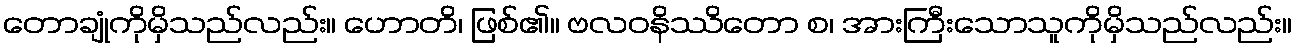
တောချုံကိုမှိသည်လည်း။ ဟောတိ၊ ဖြစ်၏။ ဗလဝနိဿိတော စ၊ အားကြီးသောသူကိုမှိသည်လည်း။